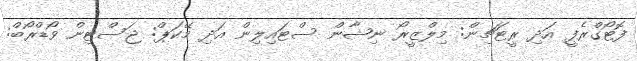
ފޮޓޯގްރެފީ އަދި ރީޓަޗިން: މިލްޒީރޯ ނިޝާން ސްޓައިލިން އަދި މޭކަޕް: ޖަސްޓިން ވޯޑްރޯބް: